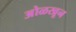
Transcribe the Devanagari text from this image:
अोळखून